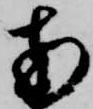
南